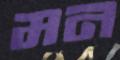
মন